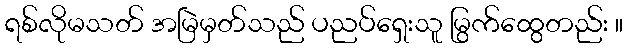
ရစ်လိုမသတ် အမြဲမှတ်သည် ပညပ်ရှေးသူ မြွက်ထွေတည်း ။